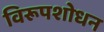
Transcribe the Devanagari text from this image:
विरूपशोधन